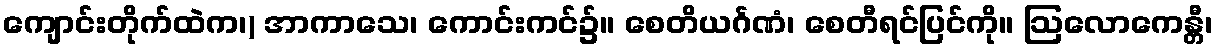
ကျောင်းတိုက်ထဲက၊) အာကာသေ၊ ကောင်းကင်၌။ စေတိယင်္ဂဏံ၊ စေတီရင်ပြင်ကို။ ဩလောကေန္တီ၊